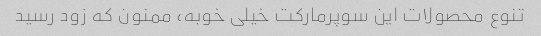
تنوع محصولات این سوپرمارکت خیلی خوبه، ممنون که زود رسید